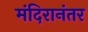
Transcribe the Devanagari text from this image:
मंदिरानंतर